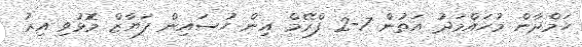
ހަމްދާން މުހައްމަދު އަތުން 7-2 ފްރޭމް އިން ހުސައިން ފަޔާޒް މޮޅުވި އިރު